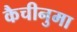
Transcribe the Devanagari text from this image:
कैचीनुमा